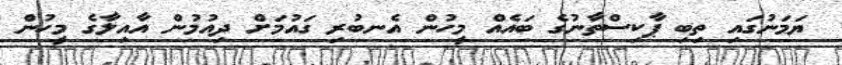
ޔަމަނުގައި ތިބި ޕާކިސްތާނުގެ ބައެއް މީހުން އެނބުރި ގައުމަށް ދިއުމުން އާއިލާގެ މީހުން